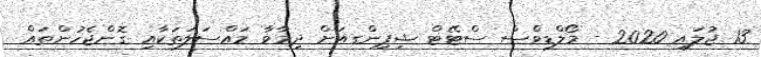
13 ޖުލައި 2020 - މޯލްޑިވްސް ސްޓޭޓް ޝިޕިންގއަށް ދިމާވާ މައްސަލަތަކާއި ގޮންޖެހުންތައް